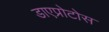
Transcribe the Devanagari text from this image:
डाएप्रोटोस